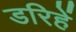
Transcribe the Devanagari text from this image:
डरिहें